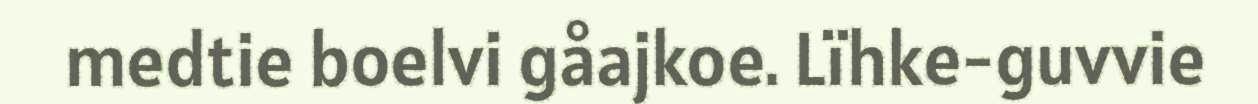
medtie boelvi gåajkoe. Lïhke-guvvie